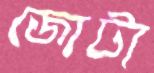
জোটা